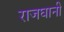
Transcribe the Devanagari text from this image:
राजघानी